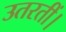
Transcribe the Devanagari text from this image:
उतरतीं।